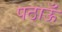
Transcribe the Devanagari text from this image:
पठाऊँ